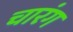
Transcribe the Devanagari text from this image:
चारंग